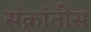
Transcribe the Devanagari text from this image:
संक्रांतीस